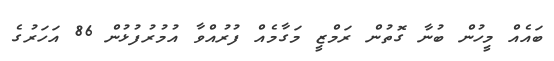
ބައެއް މީހުން ބުނާ ގޮތުން ރަމްޒީ މަގާމެއް ފުރުއްވާ އުމުރުފުޅުން 86 އަހަރުގެ